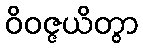
ဝိဝဇ္ဇယိတွာ